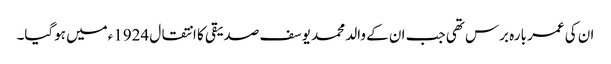
ان کی عمر بارہ برس تھی جب ان کے والد محمد یوسف صدیقی کا انتقال 1924ءمیں ہوگیا۔